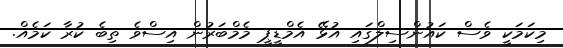
މިކަމަކީ ވެސް ކައުންސިލްގައި އުޅޭ އެމްޑީޕީ މެމްބަރުން އިސްވެ ތިބެ ކުރާ ކަމެއް.